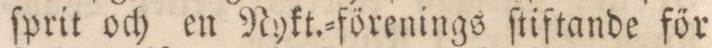
ſprit och en Nykt.=förenings ſtiftande för